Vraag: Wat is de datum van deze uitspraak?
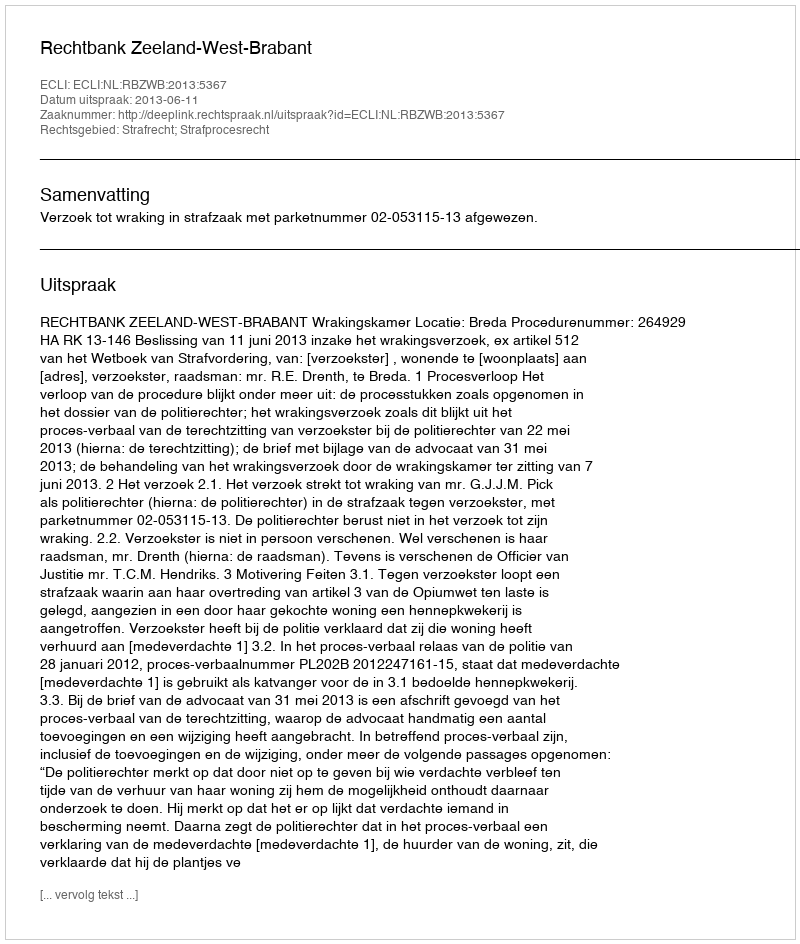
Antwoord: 2013-06-11